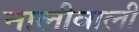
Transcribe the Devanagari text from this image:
नालीवाली